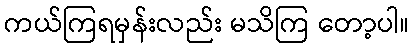
ကယ်ကြရမှန်းလည်း မသိကြ တော့ပါ။